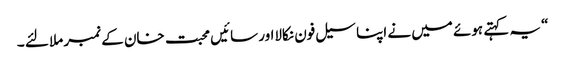
“ یہ کہتے ہوئے میں نے اپنا سیل فون نکالااور سائیں محبت خان کے نمبر ملا لئے ۔